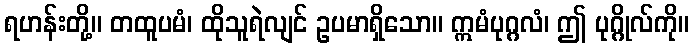
ရဟန်းတို့။ တထူပမံ၊ ထိုသူရဲလျင် ဥပမာရှိသော။ ဣမံပုဂ္ဂလံ၊ ဤ ပုဂ္ဂိုလ်ကို။